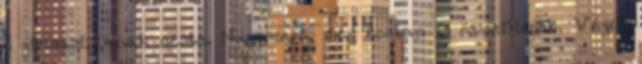
ő gimnazistának nézte. Nagyszerű, még korban is összeillenek. Végül